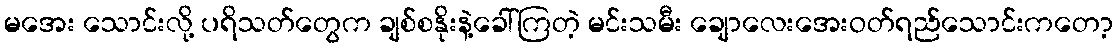
မအေး သောင်းလို့ ပရိသတ်တွေက ချစ်စနိုးနဲ့ခေါ်ကြတဲ့ မင်းသမီး ချောလေးအေးဝတ်ရည်သောင်းကတော့